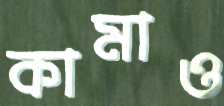
কামাও